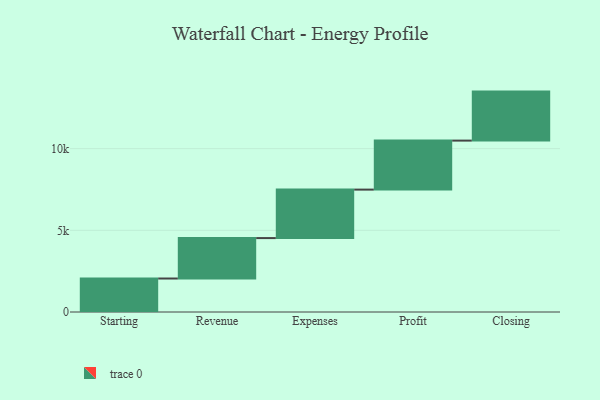
{"axis": {"x": "Step", "y": "Value"}, "legend": [""], "data": [{"x": "Starting", "y": 2050.0, "type": ""}, {"x": "Revenue", "y": 2475.0, "type": ""}, {"x": "Expenses", "y": 2968.0, "type": ""}, {"x": "Profit", "y": 3000, "type": ""}, {"x": "Closing", "y": 3000, "type": ""}]}